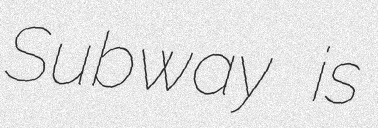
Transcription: Subway is